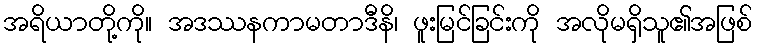
အရိယာတို့ကို။ အဒဿနကာမတာဒီနိ၊ ဖူးမြင်ခြင်းကို အလိုမရှိသူ၏အဖြစ်